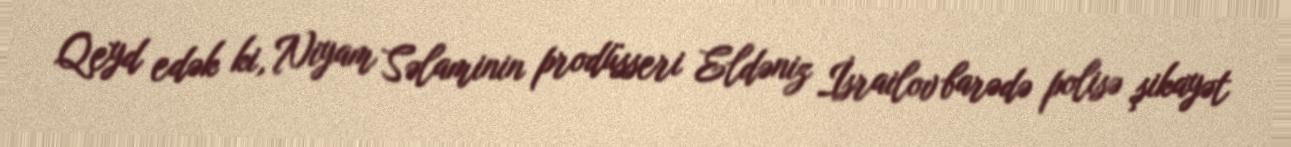
Qeyd edək ki, Niyam Səlaminin prodüsseri Eldəniz İsrailov barədə polisə şikayət